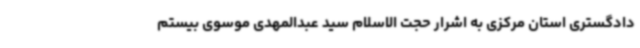
دادگستری استان مرکزی به اشرار حجت الاسلام سید عبدالمهدی موسوی بیستم